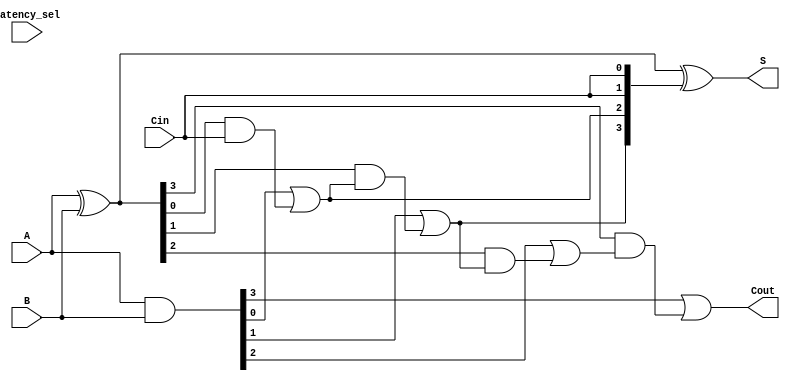
module VLCLA #(parameter N = 4) (
    input  [N-1:0] A,       // First operand
    input  [N-1:0] B,       // Second operand
    input         Cin,       // Carry-in
    input         latency_sel, // Latency selection signal
    output [N-1:0] S,       // Sum output
    output        Cout       // Carry-out
);

    wire [N-1:0] P;         // Propagate signals
    wire [N-1:0] G;         // Generate signals
    wire [N:0] C;           // Carry signals

    // Generate propagate and generate signals
    assign P = A ^ B;       // P[i] = A[i] XOR B[i]
    assign G = A & B;       // G[i] = A[i] AND B[i]

    // Carry Lookahead Logic
    assign C[0] = Cin;      // First carry is the input carry

    // Level 1 carry generation
    genvar i;
    generate
        for (i = 0; i < N; i = i + 1) begin : carry_gen
            assign C[i + 1] = G[i] | (P[i] & C[i]);
        end
    endgenerate

    // Sum calculation
    assign S = P ^ {C[N-1:0], Cin}; // S[i] = P[i] XOR Cin

    // Final Carry-Out
    assign Cout = C[N]; // Cout is the last carry

endmodule